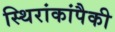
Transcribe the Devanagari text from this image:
स्थिरांकांपैकी